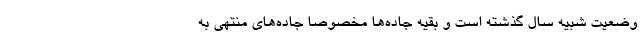
وضعیت شبیه سال گذشته است و بقیه جاده‌ها مخصوصا جاده‌های منتهی به